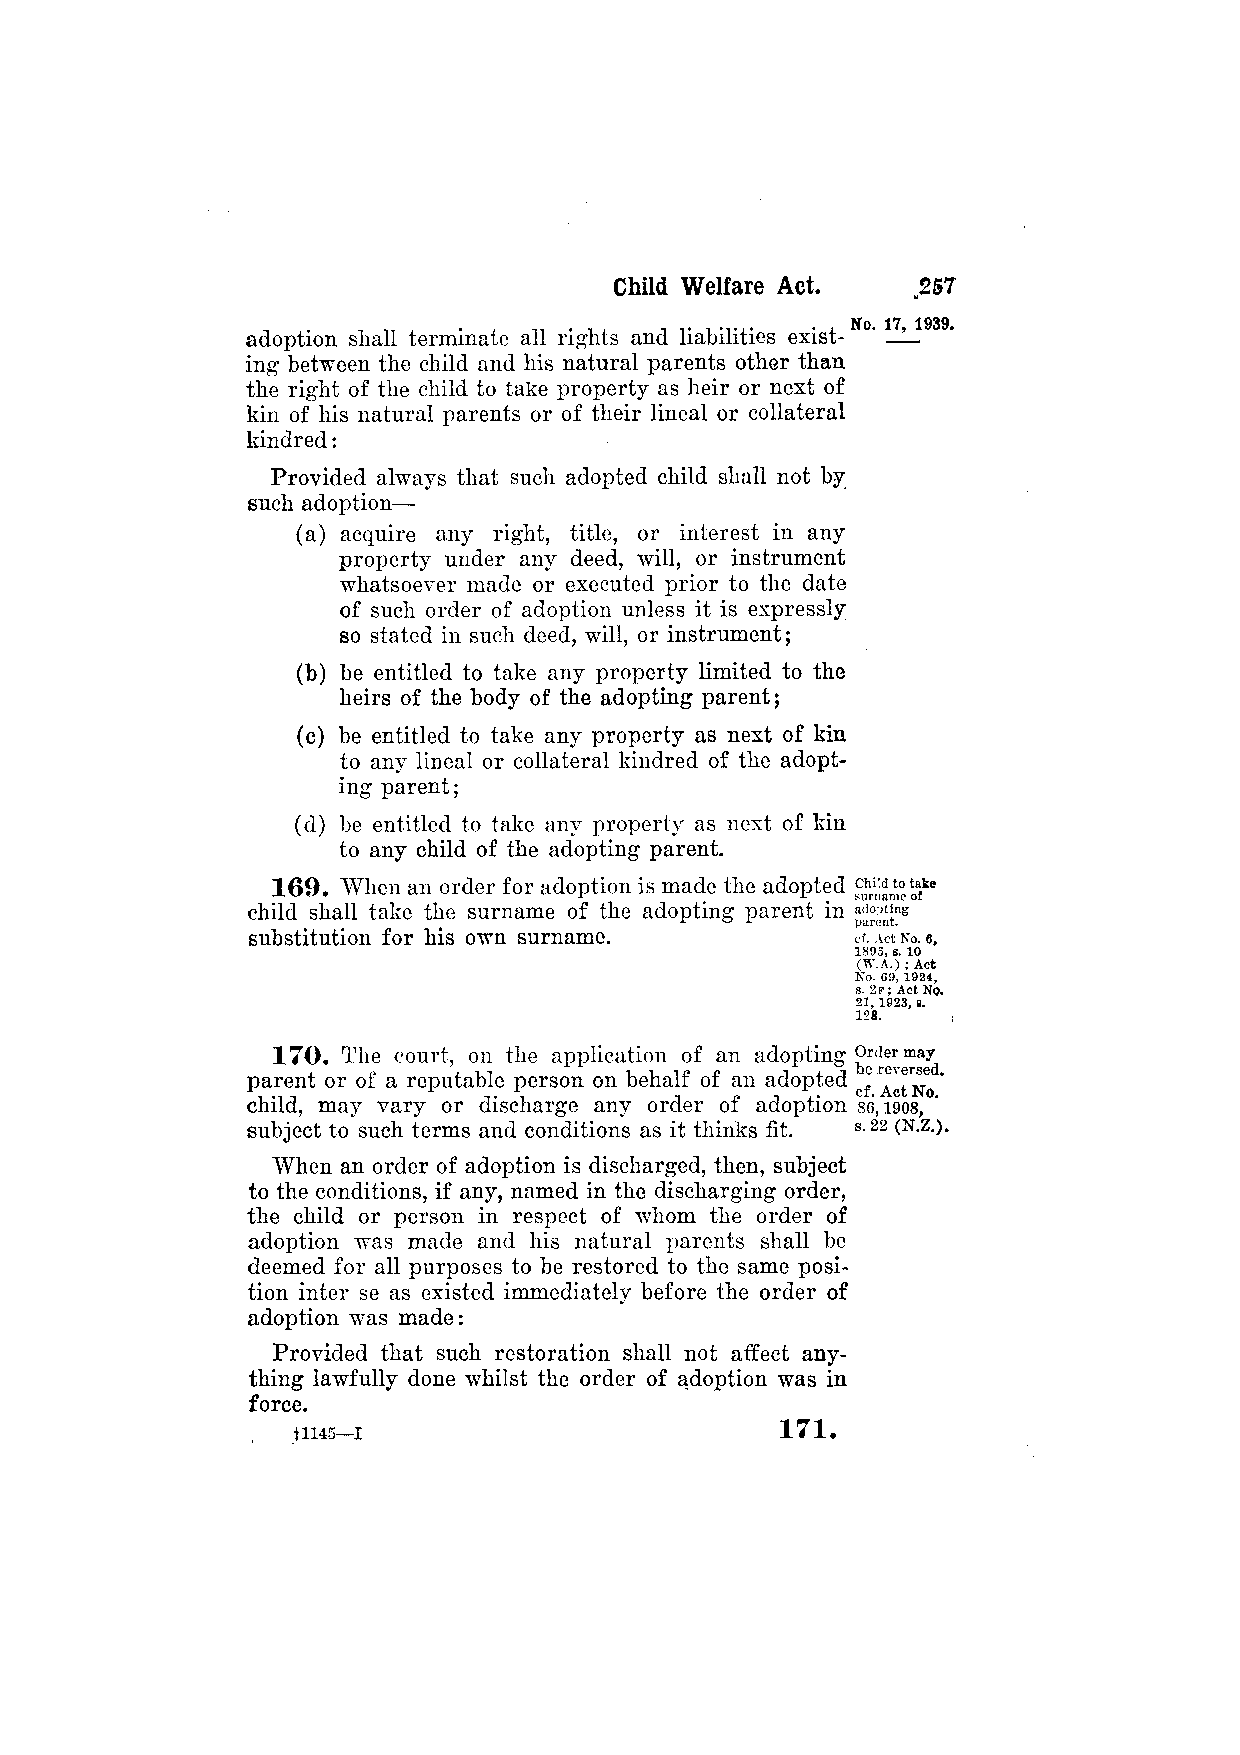
adoption shall terminate all rights and liabilities exist­
 ing between the child and his natural parents other than
 the right of the child to take property as heir or next of
 kin of his natural parents or of their lineal or collateral
 kindred:
 Provided always that such adopted child shall not by
 such adoption—
 (a) acquire any right, title, or interest in any
 property under any deed, will, or instrument
 whatsoever made or executed prior to the date
 of such order of adoption unless it is expressly
 so stated in such deed, will, or instrument;
 (b) be entitled to take any property limited to the
 heirs of the body of the adopting parent;
 (c) be entitled to take any property as next of kin
 to any lineal or collateral kindred of the adopt­
 ing parent;
 (d) be entitled to take any property as next of kin
 to any child of the adopting parent.
 169. When an order for adoption is made the adopted
 child shall take the surname of the adopting parent in
 substitution for his own surname.
 170. The court, on the application of an adopting
 parent or of a reputable person on behalf of an adopted
 child, may vary or discharge any order of adoption
 subject to such terms and conditions as it thinks fit.
 When an order of adoption is discharged, then, subject
 to the conditions, if any, named in the discharging order,
 the child or person in respect of whom the order of
 adoption was made and his natural parents shall be
 deemed for all purposes to be restored to the same posi­
 tion inter se as existed immediately before the order of
 adoption was made:
 Provided that such restoration shall not affect any­
 thing lawfully done whilst the order of adoption was in
 force.
 +1145—I                          171.